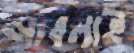
সাবলাই